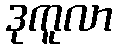
ဒုကူလာ